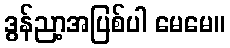
ဒွန်ညာ့အပြစ်ပါ မေမေ။